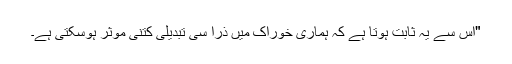
"اس سے یہ ثابت ہوتا ہے کہ ہماری خوراک میں ذرا سی تبدیلی کتنی موثر ہوسکتی ہے۔